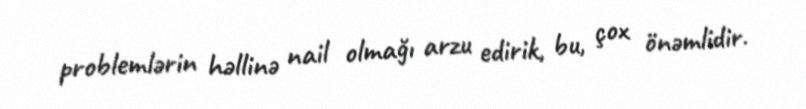
problemlərin həllinə nail olmağı arzu edirik, bu, çox önəmlidir.